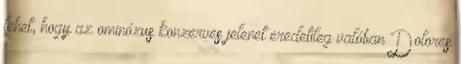
lehet, hogy az ominózus konzerves jelenet eredetileg valóban Dolores